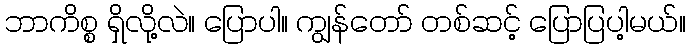
ဘာကိစ္စ ရှိလို့လဲ။ ပြောပါ။ ကျွန်တော် တစ်ဆင့် ပြောပြပါ့မယ်။